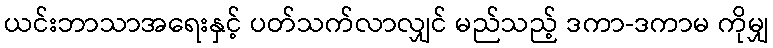
ယင်းဘာသာအရေးနှင့် ပတ်သက်လာလျှင် မည်သည့် ဒကာ-ဒကာမ ကိုမျှ